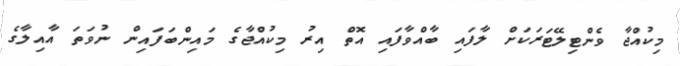
މިކުއްޖާ ވެންޓިލޭޓަރަކަށް ލާފައި ބާއްވާފައި އޮތް އިރު މިކުއްޖާގެ މައިންބަފައިން ނުވަތަ އާއިލާގެ